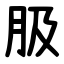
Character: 䏜